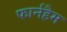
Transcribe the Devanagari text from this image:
फार्नहैम